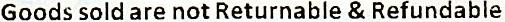
GOODS SOLD ARE NOT RETURNABLE & REFUNDABLE